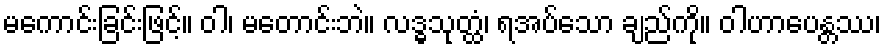
မကောင်းခြင်းဖြင့်။ ဝါ၊ မတောင်းဘဲ။ လဒ္ဓသုတ္ထံ၊ ရအပ်သော ချည်ကို။ ဝါဟာပေန္တဿ၊